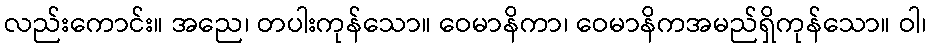
လည်းကောင်း။ အညေ၊ တပါးကုန်သော။ ဝေမာနိကာ၊ ဝေမာနိကအမည်ရှိကုန်သော။ ဝါ၊